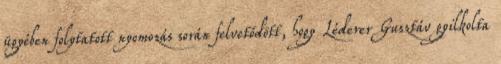
ügyében folytatott nyomozás során felvetődött, hogy Léderer Gusztáv gyilkolta